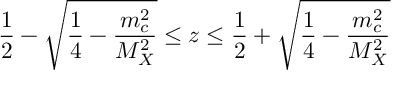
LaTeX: \frac { 1 } { 2 } - \sqrt { \frac { 1 } { 4 } - \frac { m _ { c } ^ { 2 } } { M _ { X } ^ { 2 } } } \leq z \leq \frac { 1 } { 2 } + \sqrt { \frac { 1 } { 4 } - \frac { m _ { c } ^ { 2 } } { M _ { X } ^ { 2 } } }